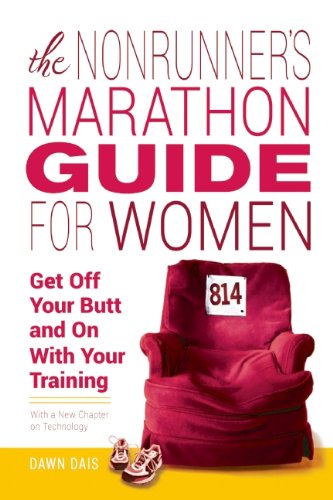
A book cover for The Nonrunner's Marathon Guide for Women: Get Off Your Butt and On with Your Training; Dawn Dais; Sports & Outdoors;